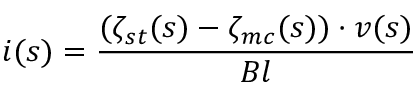
i ( s ) = \frac { ( \zeta _ { s t } ( s ) - \zeta _ { m c } ( s ) ) \cdot v ( s ) } { B l }